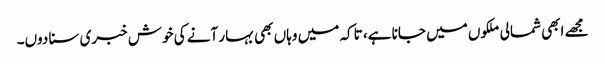
مجھے ابھی شمالی ملکوں میں جانا ہے، تاکہ میں وہاں بھی بہار آنے کی خوش خبری سنا دوں۔